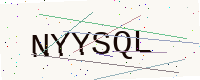
Text: NYYSQL